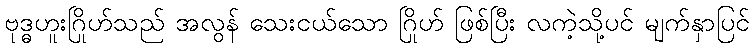
ဗုဒ္ဓဟူးဂြိုဟ်သည် အလွန် သေးငယ်သော ဂြိုဟ် ဖြစ်ပြီး လကဲ့သို့ပင် မျက်နှာပြင်